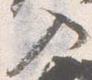
入